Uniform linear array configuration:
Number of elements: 48
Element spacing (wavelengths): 1
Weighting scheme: hann
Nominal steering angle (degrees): -45
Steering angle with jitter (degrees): -45.58
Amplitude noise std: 0.05
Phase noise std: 0.05

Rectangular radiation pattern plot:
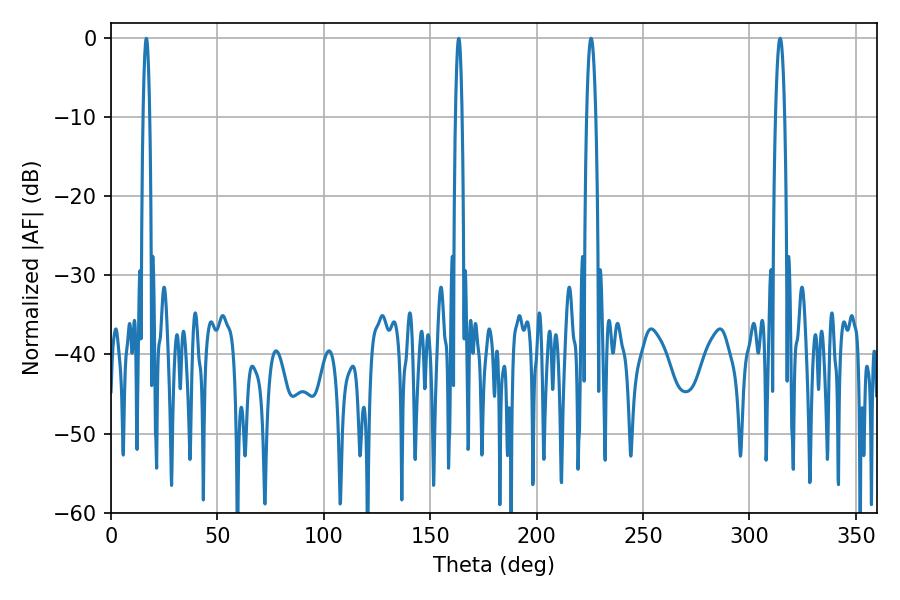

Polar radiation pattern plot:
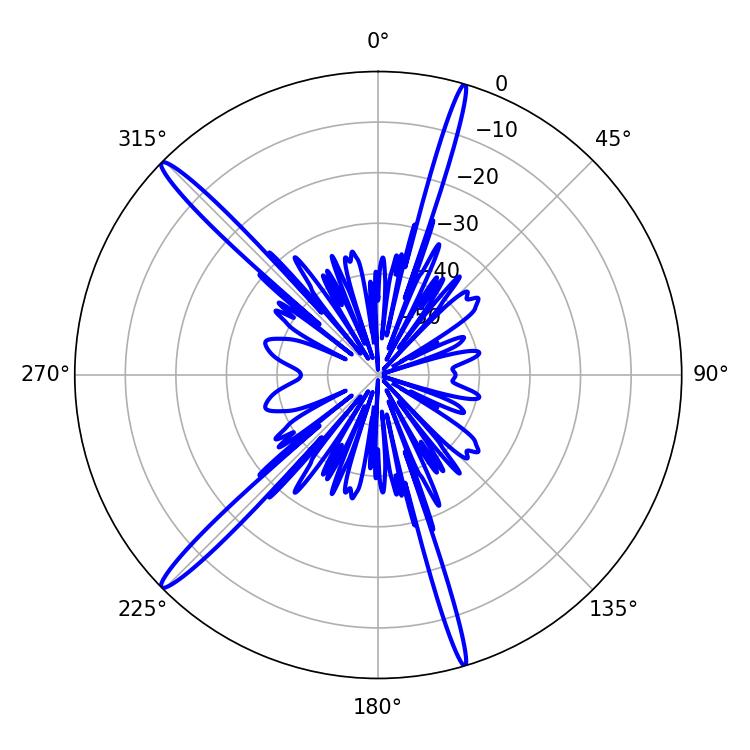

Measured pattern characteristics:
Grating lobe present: TRUE
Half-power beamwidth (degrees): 2.34
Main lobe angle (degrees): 225.54